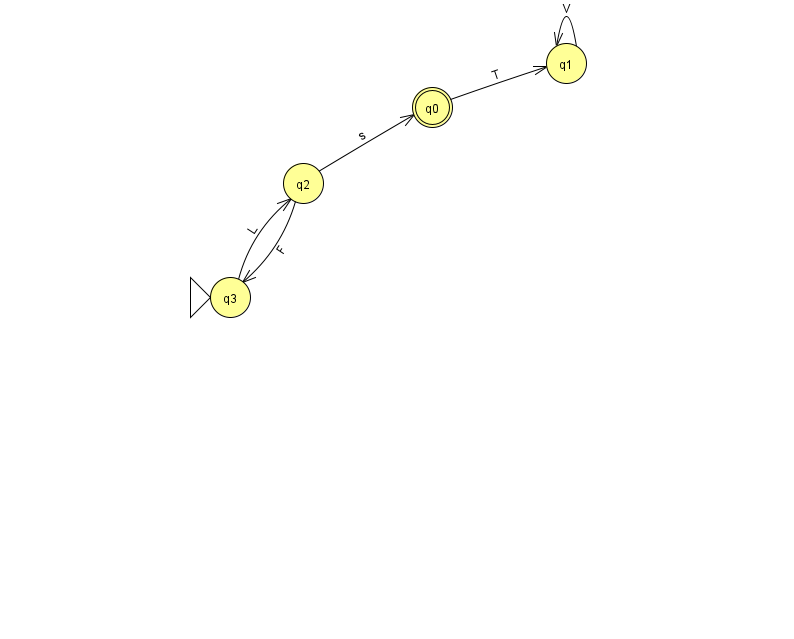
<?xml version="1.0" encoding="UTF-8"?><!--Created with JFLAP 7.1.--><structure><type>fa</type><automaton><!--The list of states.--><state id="0" name="q0"><x>432.0</x><y>94.0</y><final/></state><state id="1" name="q1"><x>566.0</x><y>50.0</y></state><state id="2" name="q2"><x>303.0</x><y>170.0</y></state><state id="3" name="q3"><x>230.0</x><y>284.0</y><initial/></state><!--The list of transitions.--><transition><from>2</from><to>3</to><read>F</read></transition><transition><from>1</from><to>1</to><read>V</read></transition><transition><from>2</from><to>0</to><read>s</read></transition><transition><from>3</from><to>2</to><read>L</read></transition><transition><from>0</from><to>1</to><read>T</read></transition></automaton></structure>